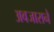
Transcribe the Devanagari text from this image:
अवजाराने